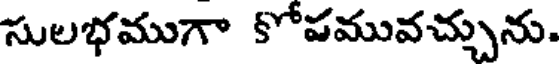
సులభముగా కోపమువచ్చును.